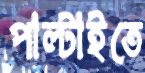
পাল্টাইতে